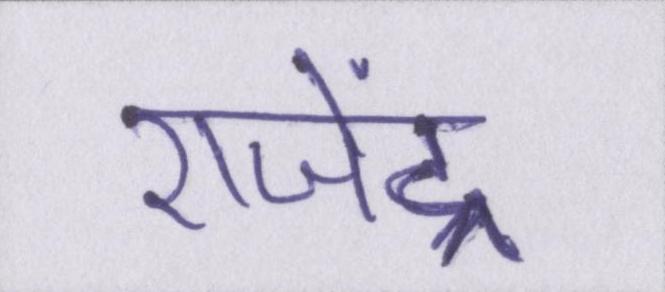
राजेंद्र